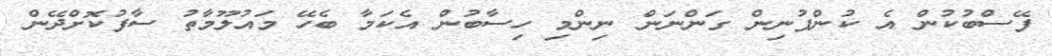
ފޭސްބުކުން އެ ކުންފުނިން ގަންނަން ނިންމި ހިސާބުން އެކަމާ ބެހޭ މައުލޫމާތު ސާފުކޮށްދޭން